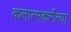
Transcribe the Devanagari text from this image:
कलात्मकरीत्या